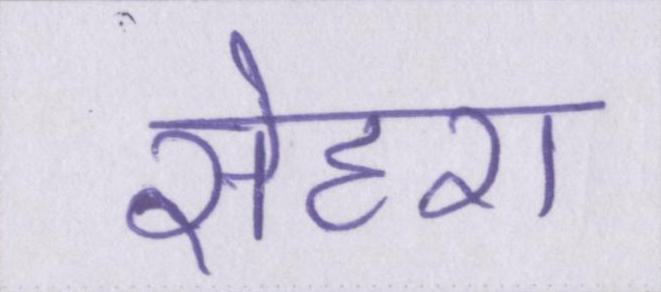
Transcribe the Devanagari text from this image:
सेहरा